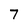
Character: 7